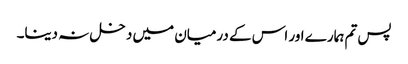
پس تم ہمارے اور اس کے درمیان میں دخل نہ دینا۔